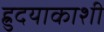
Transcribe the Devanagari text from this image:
ह्रुदयाकाशी